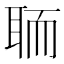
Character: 聏